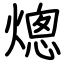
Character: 熜